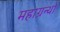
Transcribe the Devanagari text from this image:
महाग्रन्थों